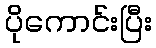
ပိုကောင်းပြီး